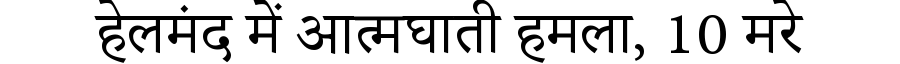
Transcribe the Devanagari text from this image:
हेलमंद में आत्मघाती हमला, 10 मरे